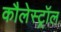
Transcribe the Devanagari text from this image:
कौलेस्ट्रॉल